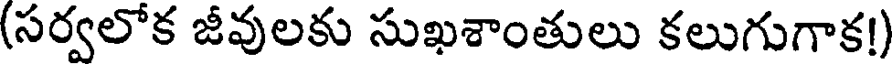
(సర్వలోక జీవులకు సుఖశాంతులు కలుగుగాక!)